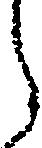
ら